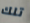
تلك